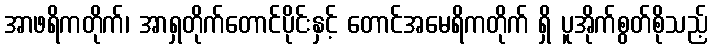
အာဖရိကတိုက်၊ အာရှတိုက်တောင်ပိုင်းနှင့် တောင်အမေရိကတိုက် ရှိ ပူအိုက်စွတ်စိုသည့်